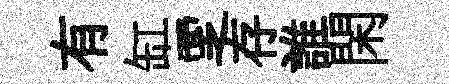
有缸覂存誰閑